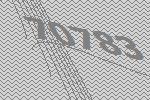
70783